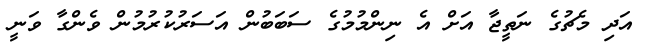
އަދި މެޗުގެ ނަތީޖާ އަށް އެ ނިންމުމުގެ ސަބަބުން އަސަރުކުރުމުން ވެންގާ ވަނީ